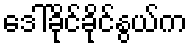
ဒေါ်ခိုင်ခိုင်နွယ်က